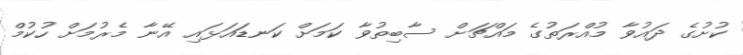
ކުށުގެ ދައުވާ މުއްރަތުގެ މައްޗަށް ސާބިތުވާ ކަމަށް ކަނޑައަޅައި އޭނާ މެރުމަށް ހުކުމް